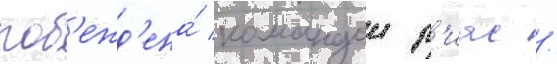
поб'ежд'ена́ командои р'иас /